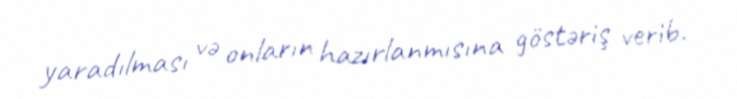
yaradılması və onların hazırlanmısına göstəriş verib.